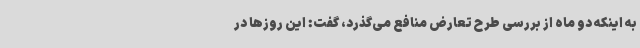
به اینکه دو ماه از بررسی طرح تعارض منافع می‌گذرد، گفت: این روزها در